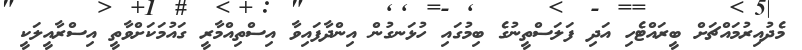
މެދުއިރުމައްޗަށް ބީރައްޓެހި އަދި ފަލަސްތީނުގެ ބިމުގައި ހުޅަނގުން އިންދާފައިވާ އިސްތިއްމާރީ ގައުމަކަށްވާތީ އިސްރާއީލަކީ